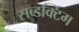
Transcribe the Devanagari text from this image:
सब्डक्टिंग